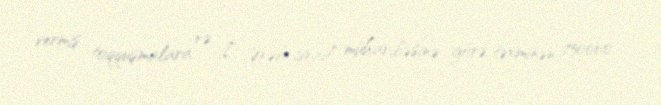
vermiş toqquşmalara və I Ərəb-israil müharibəsinə görə təxminən 750000